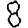
Digit: 8